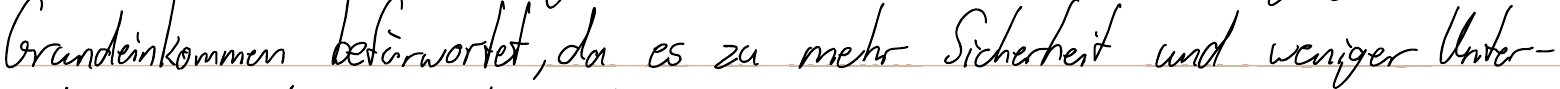
Grundeinkommen befürwortet, da es zu mehr Sicherheit und weniger Unter-